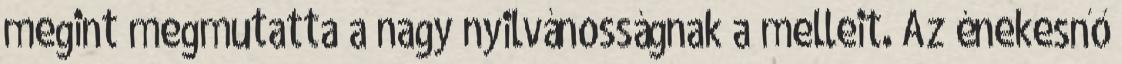
megint megmutatta a nagy nyilvánosságnak a melleit. Az énekesnő